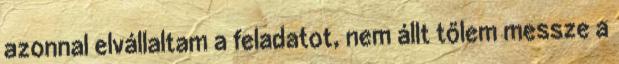
azonnal elvállaltam a feladatot, nem állt tőlem messze a